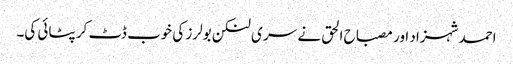
احمد شہزاد اور مصباح الحق نے سر ی لنکن بولرز کی خوب ڈٹ کر پٹائی کی۔